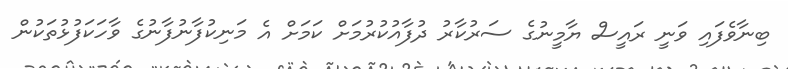
ބިނާވެފައި ވަނީ ރައީސް ޔާމީނުގެ ސަރުކާރު ދުފާއުކުރުމަށް ކަމަށް އެ މަނިކުފާނުފާނުގެ ވާހަކަފުޅުތަކުން